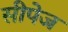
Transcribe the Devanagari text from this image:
सीपेज